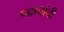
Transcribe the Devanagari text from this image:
पदव्यांची